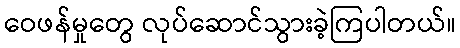
ဝေဖန်မှုတွေ လုပ်ဆောင်သွားခဲ့ကြပါတယ်။